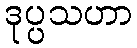
ဒုပ္ပသဟာ